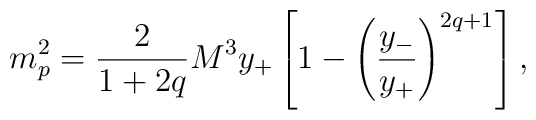
m_p^{2} = {2\over 1+2q} {M^{3} y_+}\left[1-\left({y_-\over y_+}\right)^{2q+1}\right],